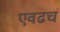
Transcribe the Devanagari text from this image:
एवढचं